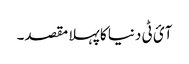
آئ ٹی دنیا کا پہلا مقصد۔